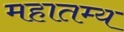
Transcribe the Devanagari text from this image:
महातम्य